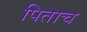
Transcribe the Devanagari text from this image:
पिताच